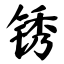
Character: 锈